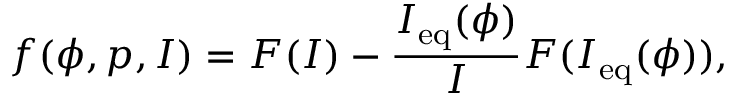
f ( \phi , p , I ) = F ( I ) - \frac { I _ { \mathrm { e q } } ( \phi ) } { I } F ( I _ { \mathrm { e q } } ( \phi ) ) ,